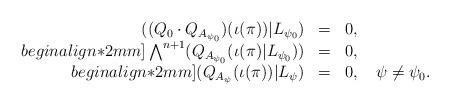
LaTeX: \begin{align*}\begin{array}{rrrr}((Q_0 \cdot Q_{A_{\psi_0}})(\iota(\pi)) | L_{\psi_0}) & = & 0, &\\begin{align*}2mm]\bigwedge^{n+1}(Q_{A_{\psi_0}}(\iota(\pi) | L_{\psi_0})) & = & 0, &\\begin{align*}2mm](Q_{A_{\psi}}(\iota(\pi)) | L_{\psi}) & = & 0, & \;\psi \neq \psi_0.\end{array}\end{align*}